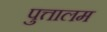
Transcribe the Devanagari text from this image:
पुत्तालम